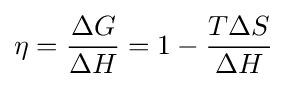
\eta ={\frac {\Delta G}{\Delta H}}=1-{\frac {T\Delta S}{\Delta H}}